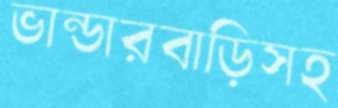
ভান্ডারবাড়িসহ